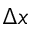
\Delta x